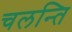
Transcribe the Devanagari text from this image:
चलन्ति